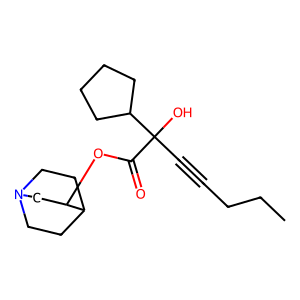
SMILES: CCCC#CC(O)(C(=O)OC1CN2CCC1CC2)C1CCCC1
Inhibits HIV replication: No